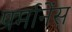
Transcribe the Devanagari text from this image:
पर्मानेंस